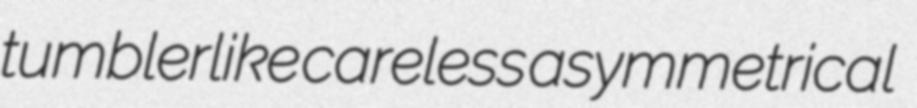
tumblerlike careless asymmetrical